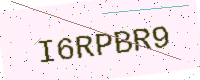
Text: I6RPBR9